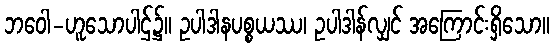
ဘဝေါ-ဟူသောပါဌ်၌။ ဥပါဒါနပစ္စယဿ၊ ဥပါဒါန်လျှင် အကြောင်းရှိသော။